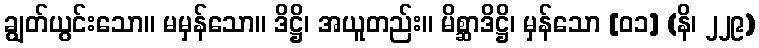
ချွတ်ယွင်းသော။ မမှန်သော။ ဒိဋ္ဌိ၊ အယူတည်း။ မိစ္ဆာဒိဋ္ဌိ၊ မှန်သော [၀၁] (နိ၊ ၂၂၉)